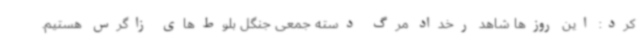
کرد: این روزها شاهد رخداد مرگ دسته جمعی جنگل بلوط‌های زاگرس هستیم.